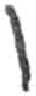
אות: ו